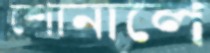
শোনালে